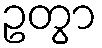
ဥတွာ